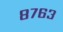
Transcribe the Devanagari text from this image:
८७६३